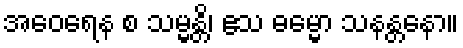
အဝေရေန စ သမ္မန္တိ၊ ဧသ ဓမ္မော သနန္တနော။